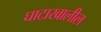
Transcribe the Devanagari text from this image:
घाटाखालील